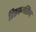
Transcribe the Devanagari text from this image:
डिस्कवरिंग